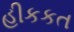
હીકકત